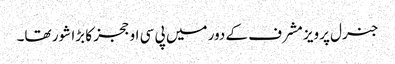
جنرل پرویز مشرف کے دور میں پی سی او ججز کا بڑا شور تھا۔